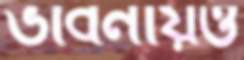
ভাবনায়ও